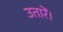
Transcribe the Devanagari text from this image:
उतारें।